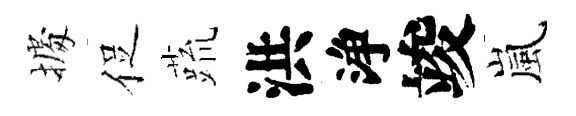
𢴃促蔬洪浄竣嵐